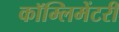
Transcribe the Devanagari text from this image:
कॉम्लिमेंटरी